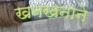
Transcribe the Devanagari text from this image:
खनखनाने